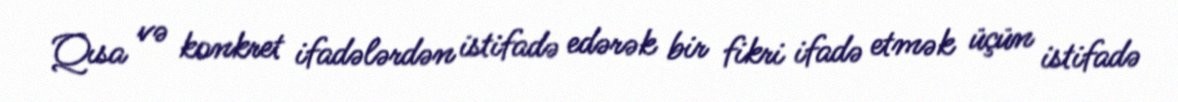
Qısa və konkret ifadələrdən istifadə edərək bir fikri ifadə etmək üçün istifadə